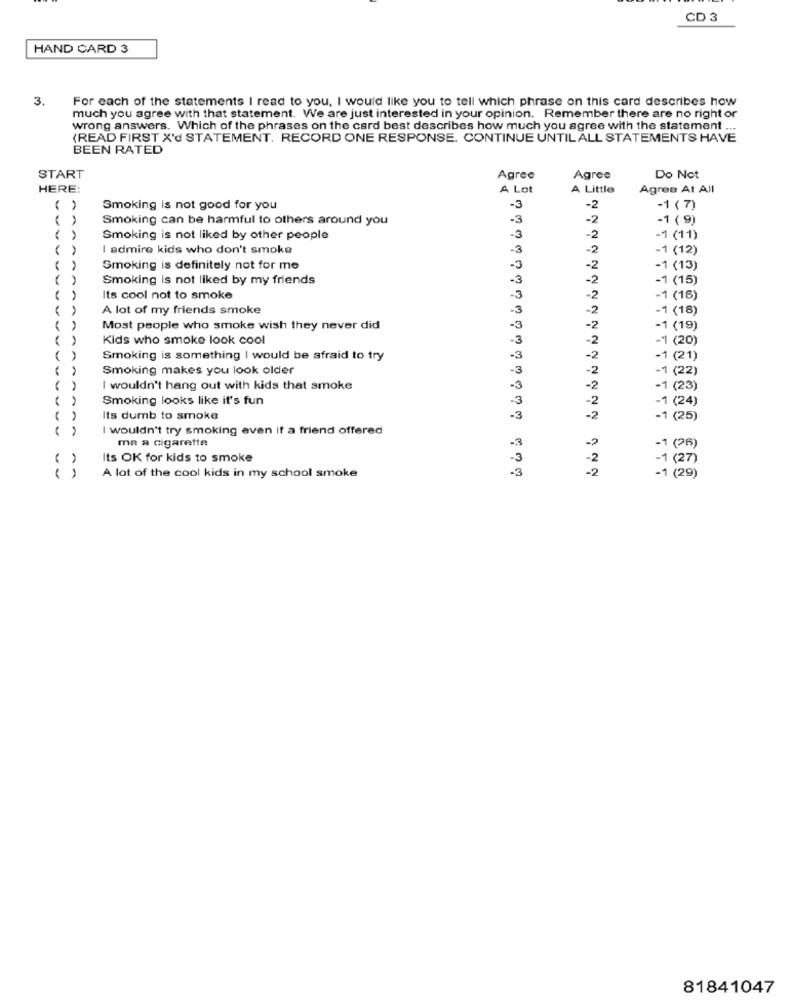
CD 3
HAND CARD 3
3.
For each of the statements I read to you, I would like you to tell which phrase on this card describes how
much you agree with that statement. We are just interested in your opinion. Remember there are no right or
wrong answers. Which of the phrases on the card best describes how much you agree with the statement ...
(READ FIRST X'd STATEMENT, RECORD ONE RESPONSE. CONTINUE UNTIL ALL STATEMENTS HAVE
BEEN RATED
START
Agree
Agree
Do Not
HERE:
A Lot
A Little
Agree At All
( )
Smoking is not good for you
-3
-2
-1 ( 7)
( )
Smoking can be harmful to others around you
-3
-2
-1 ( 9)
( )
Smoking is not liked by other people
-3
-2
-1 (11)
( )
I admire kids who don't smoke
-3
-2
-1 (12)
Smoking is definitely not for me
-3
-2
-1 (13)
( )
Smoking is not liked by my friends
-3
-2
-1 (15)
( )
Its cool not to smoke
-3
-2
-1 (16)
A lot of my friends smoke
-3
-2
-1 (18)
( )
Most people who smoke wish they never did
-3
-2
-1 (19)
( )
Kids who smoke look cool
-3
-2
-- 1 (20)
( )
Smoking is something I would be afraid to try
-3
-2
-1 (21)
( )
Smoking makes you look older
-3
-2
-1 (22)
( )
I wouldn't hang out with kids that smoke
-3
-2
-1 (23)
( )
Smoking looks like it's fun
-3
-2
-1 (24)
( )
Its dumb to smoke
-3
-2
-1 (25)
( )
I wouldn't try smoking even if a friend offered
ma a cigarette
-3
-1 (26)
( )
Its OK for kids to smoke
-2
-1 (27)
A lot of the cool kids in my school smoke
-3
-2
( )
- 1 ( 29)
81841047